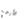
الأرجح